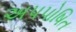
અપપોષિત